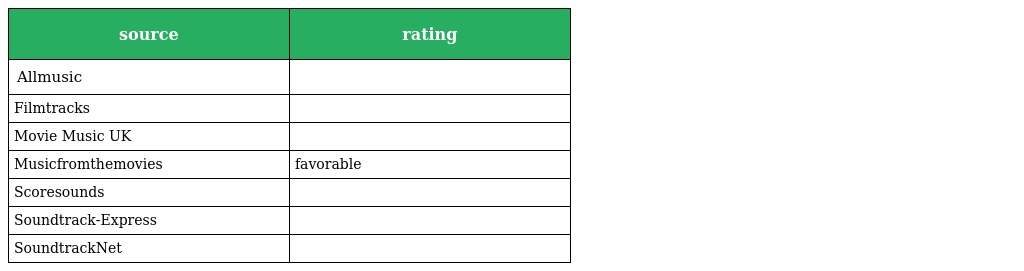
| source | rating |
 | --- | --- |
 | Allmusic |  |
 | Filmtracks |  |
 | Movie Music UK |  |
 | Musicfromthemovies | favorable |
 | Scoresounds |  |
 | Soundtrack-Express |  |
 | SoundtrackNet |  |